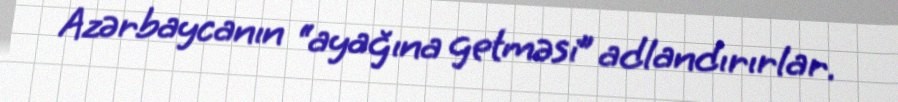
Azərbaycanın “ayağına getməsi” adlandırırlar.